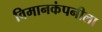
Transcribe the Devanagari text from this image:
विमानकंपनीला